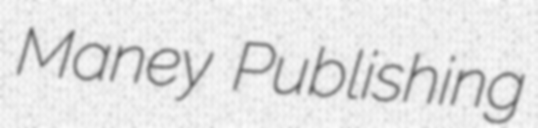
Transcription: Maney Publishing